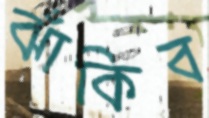
ঝাঁকিব